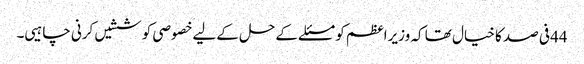
44فی صد کا خیال تھا کہ وزیراعظم کو مسئلے کےحل کےلیےخصوصی کوششیں کرنی چاہیی۔